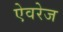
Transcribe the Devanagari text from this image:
ऐवरेज